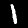
Label: 1